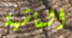
الماشية